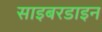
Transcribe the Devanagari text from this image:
साइबरडाइन